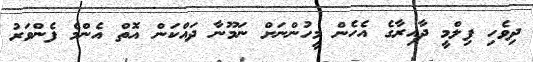
ދިވެހި ފިލްމީ ދާއިރާގެ އެހެން މީހުންނަށް ނަމޫނާ ދައްކަން އޮތް އެންމެ ފެންވަރު